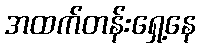
အထက်တန်းရှေ့နေ